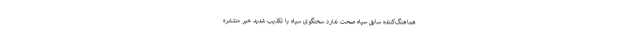
هماهنگ‌کننده سابق سپاه صحت ندارد سخنگوی سپاه با تکذیب شدید خبر منتشره